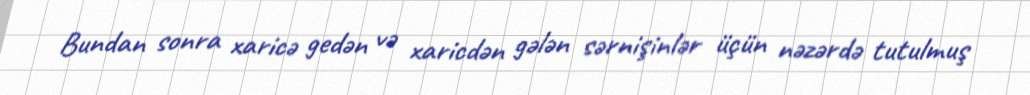
Bundan sonra xaricə gedən və xaricdən gələn sərnişinlər üçün nəzərdə tutulmuş